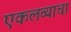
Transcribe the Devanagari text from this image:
एकलव्याचा